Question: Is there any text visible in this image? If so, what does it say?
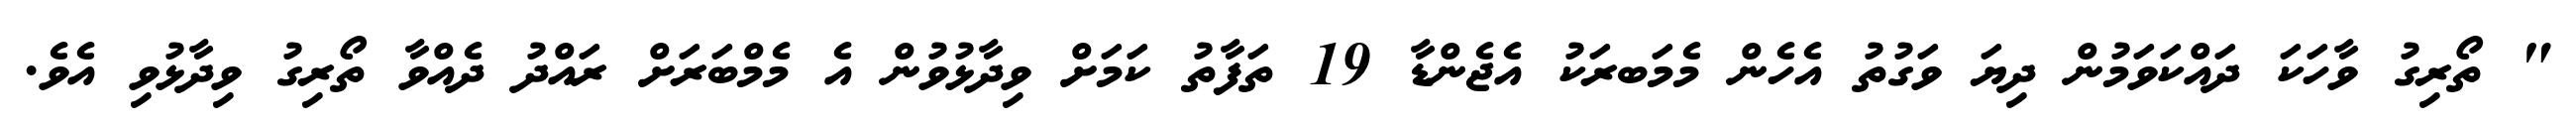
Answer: " ތޯރިގު ވާހަކަ ދައްކަވަމުން ދިޔަ ވަގުތު އެހެން މެމަބރަކު އެޖެންޑާ 19 ތަފާތު ކަމަށް ވިދާޅުވުން އެ މެމްބަރަށް ރައްދު ދެއްވާ ތޯރިގު ވިދާޅުވި އެވެ.